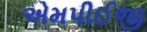
એમપીઈજી